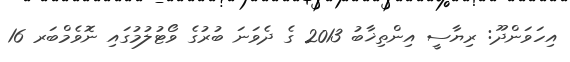
އިހަވަންދޫ: ރިޔާސީ އިންތިޚާބު 2013 ގެ ދެވަނަ ބުރުގެ ވޯޓުލުމުގައި ނޮވެމްބަރ 16